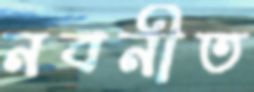
নবনীত